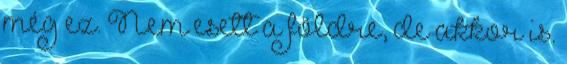
még ez. Nem esett a földre, de akkor is.